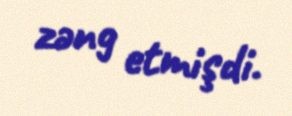
zəng etmişdi.